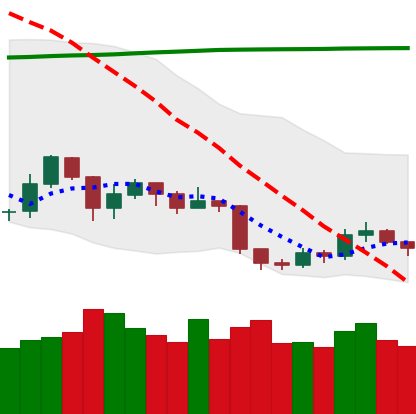
Ticker: ETH-USD
Chart end date: 2019-09-05
Forward return: 3.197%
Label: up_3_5